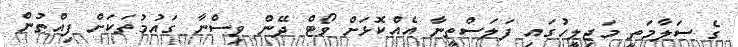
ގެ ސަލާމަތީ މަޖިލީހުގައި ފަލަސްތީނާ އެއްކޮޅަށް ވޯޓް ދޭން ވިސްނާ ގައުމުތަކަށް ފިއްތުން